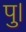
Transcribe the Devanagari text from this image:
पु।